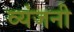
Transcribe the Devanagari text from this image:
व्यंजनी